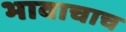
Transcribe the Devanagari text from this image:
भावाचाच